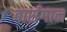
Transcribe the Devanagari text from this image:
बार्सगान